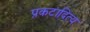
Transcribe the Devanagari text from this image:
प्रकटादित्य